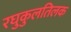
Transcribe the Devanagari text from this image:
रघुकुलतिलक